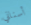
أسناني